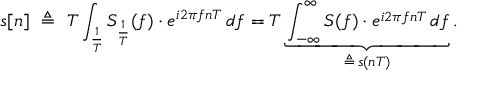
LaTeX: s [ n ] \ \triangleq \ T \int _ { \frac { 1 } { T } } S _ { \frac { 1 } { T } } ( f ) \cdot e ^ { i 2 \pi f n T } \, d f = T \underbrace { \int _ { - \infty } ^ { \infty } S ( f ) \cdot e ^ { i 2 \pi f n T } \, d f } _ { \triangleq \, s ( n T ) } .